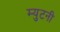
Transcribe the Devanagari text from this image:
म्युटनी